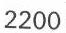
2200